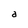
Character: a